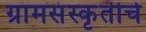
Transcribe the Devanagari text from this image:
ग्रामसंस्कृतीचे